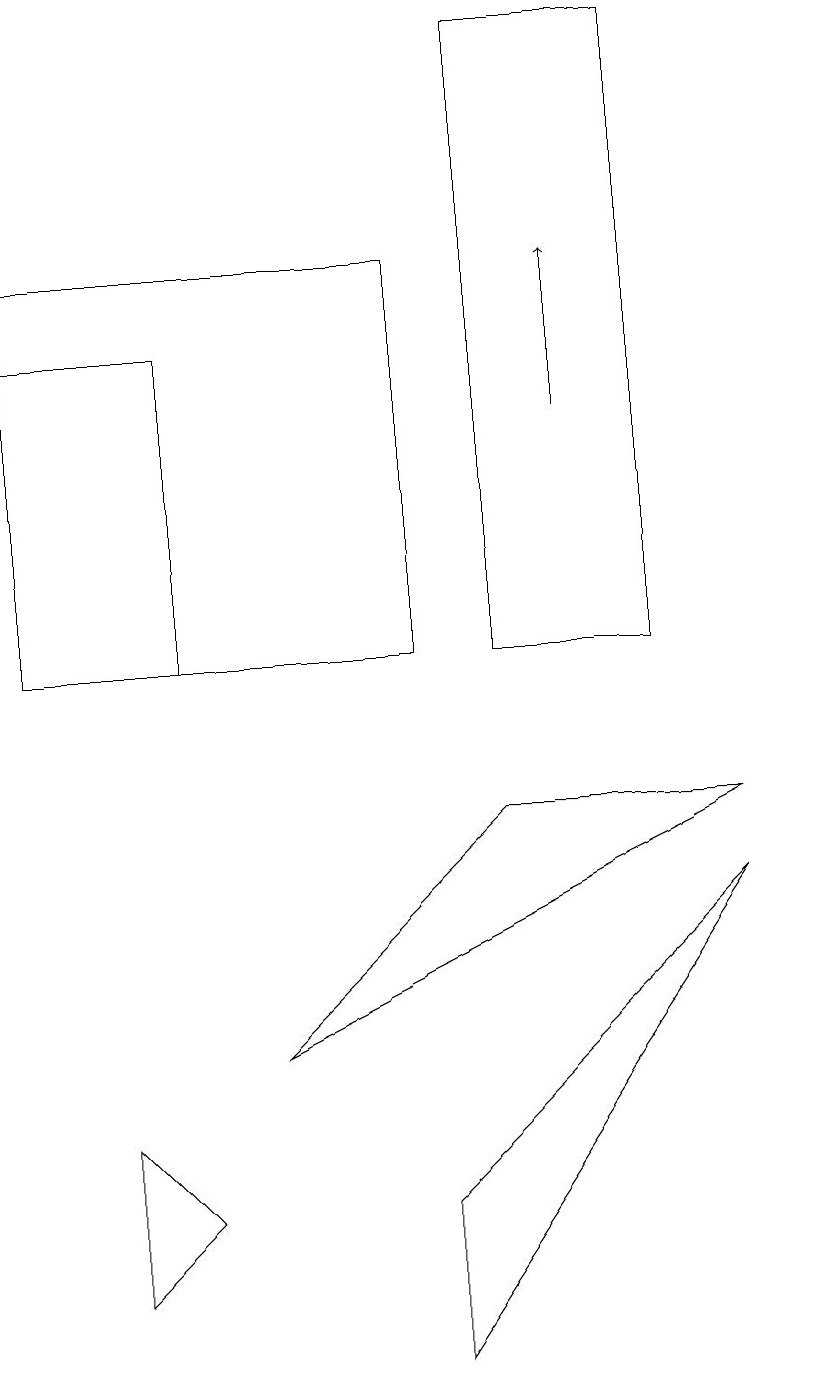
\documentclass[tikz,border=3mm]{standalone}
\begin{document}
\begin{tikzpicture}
\draw (0,15) rectangle (2,11);
\draw (10,12) circle (0);
\draw (6,11) rectangle (8,19);
\draw (9,9) -- (6,9) -- (3,6) -- cycle;
\draw (5,2) -- (5,4) -- (9,8) -- cycle;
\draw[->] (7,14) -- (7,16);
\draw (5,11) rectangle (0,16);
\draw (1,3) -- (1,5) -- (2,4) -- cycle;
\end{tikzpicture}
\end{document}